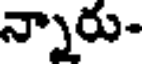
న్నారు-